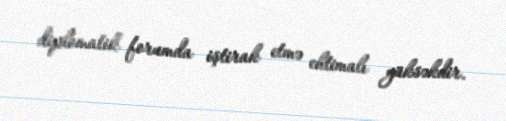
diplomatik forumda iştirak etmə ehtimalı yüksəkdir.